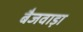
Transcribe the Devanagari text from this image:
बैजवाड़ा